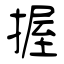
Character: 握